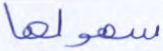
سهولها